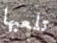
تلعبها